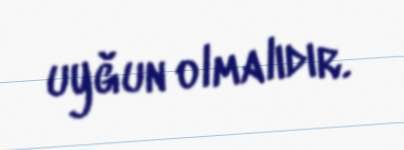
uyğun olmalıdır.